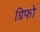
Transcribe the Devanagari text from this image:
ग्रिफो